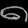
Digit: ၈